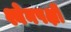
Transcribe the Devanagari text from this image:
श्येनपक्षी